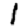
Digit: 1